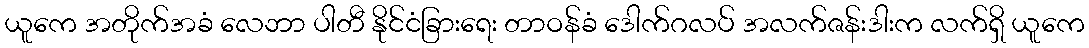
ယူကေ အတိုက်အခံ လေဘာ ပါတီ နိုင်ငံခြားရေး တာဝန်ခံ ဒေါက်ဂလပ် အလက်ဇန်းဒါးက လက်ရှိ ယူကေ